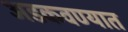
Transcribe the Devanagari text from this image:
अडकवण्यात